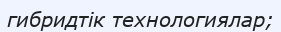
гибридтік технологиялар;